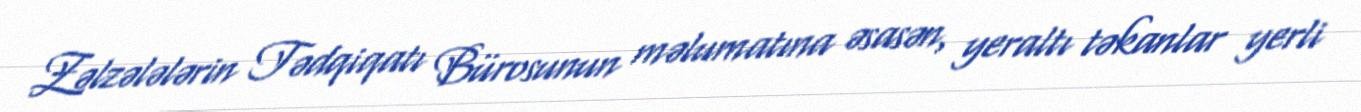
Zəlzələlərin Tədqiqatı Bürosunun məlumatına əsasən, yeraltı təkanlar yerli